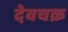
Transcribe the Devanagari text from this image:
देवचक्र